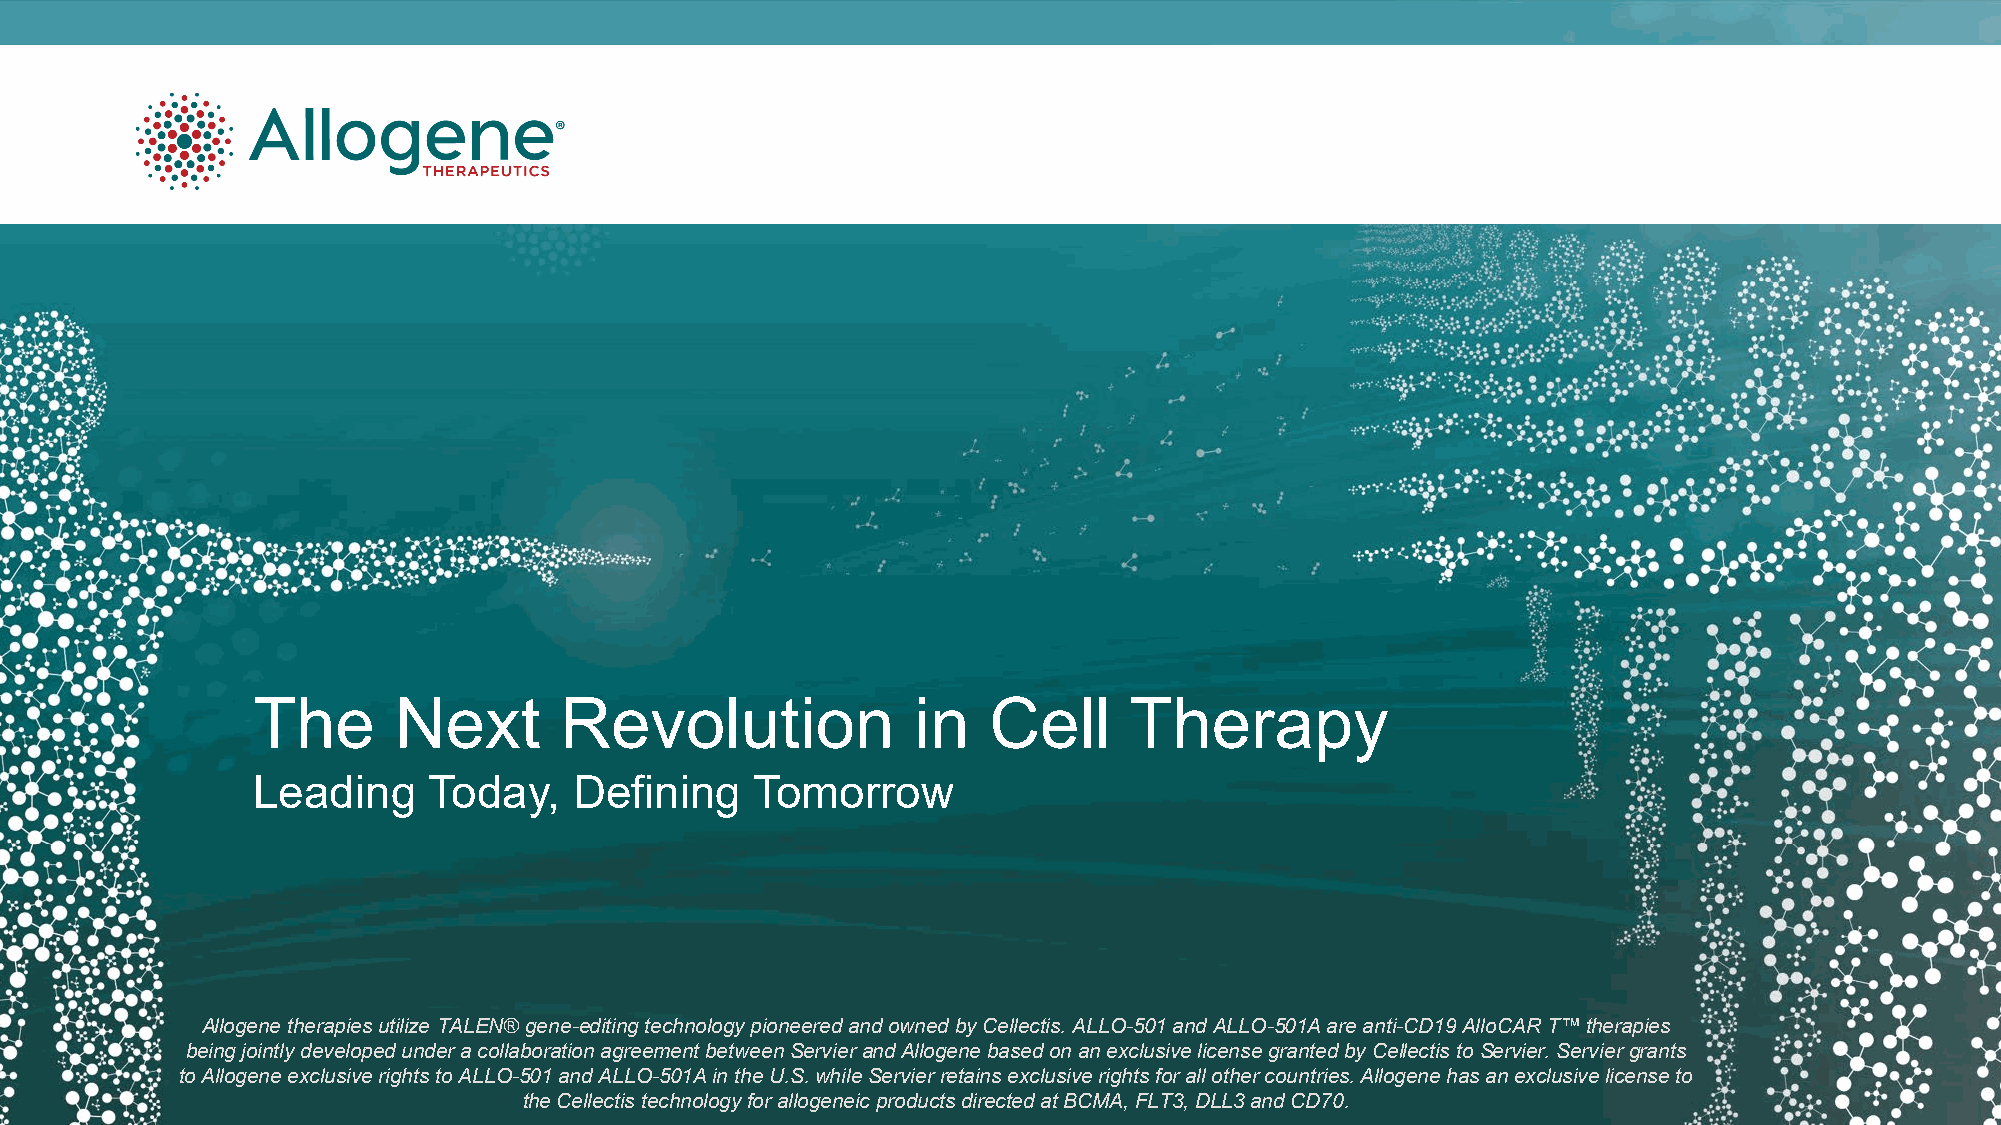
The      Next       Revolution              in  Cell      Therapy
 Leading    Today,    Defining    Tomorrow
 Allogene therapies utilize TALEN® gene-editing technology pioneered and owned by Cellectis. ALLO-501 and ALLO-501A are anti-CD19AlloCAR T™therapies
 21     being jointly developed under a collaboration agreement betweenServierand Allogene based on an exclusive license granted by Cellectis toServier. Serviergrants
 to Allogene exclusive rights to ALLO-501 and ALLO-501A in theU.S.whileServierretains exclusive rights for all other countries. Allogene has an exclusive license to
 the Cellectis technology for allogeneic products directed at BCMA, FLT3, DLL3 and CD70.